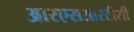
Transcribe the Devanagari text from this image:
आरएसआरटीसी